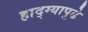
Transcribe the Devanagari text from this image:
हाद्ग्यापुढे